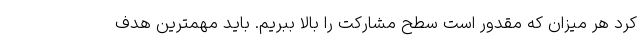
کرد هر میزان که مقدور است سطح مشارکت را بالا ببریم. باید مهمترین هدف